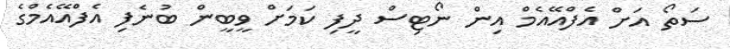
ސަތޯ އަށް އެފްއޭއެމް އިން ނޯޓިސް ދީފި ކަމަށް ވީބީން ބުނެފި އެފްއޭއެމްގެ